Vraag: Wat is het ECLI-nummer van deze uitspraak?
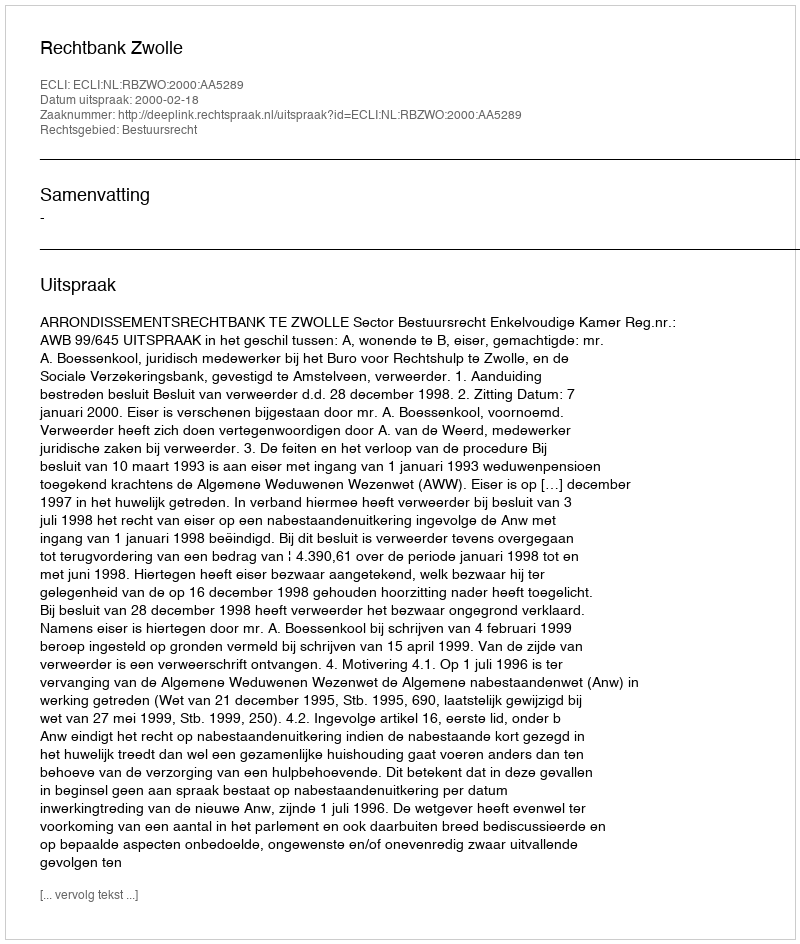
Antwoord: ECLI:NL:RBZWO:2000:AA5289